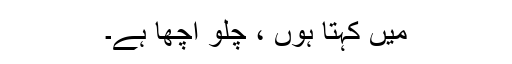
میں کہتا ہوں ، چلو اچھا ہے۔